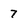
Character: 7